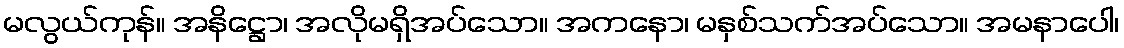
မလွယ်ကုန်။ အနိဋ္ဌော၊ အလိုမရှိအပ်သော။ အကနော၊ မနှစ်သက်အပ်သော။ အမနာပေါ၊